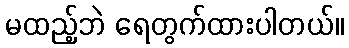
မထည့်ဘဲ ရေတွက်ထားပါတယ်။